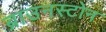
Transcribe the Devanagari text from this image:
ब्राउनस्टोन